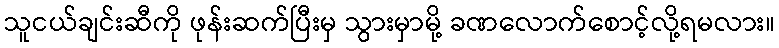
သူငယ်ချင်းဆီကို ဖုန်းဆက်ပြီးမှ သွားမှာမို့ ခဏလောက်စောင့်လို့ရမလား။